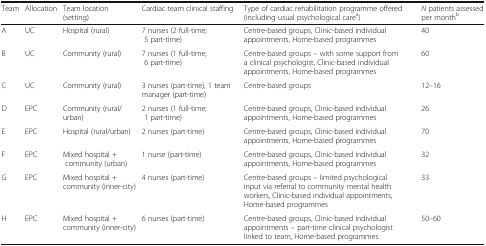
<table><thead><tr><td><b>Team</b></td><td><b>Allocation</b></td><td><b>Team location (setting)</b></td><td><b>Cardiac team clinical staffing</b></td><td><b>Type of cardiac rehabilitation programme offered (including usual psychological care<sup>a</sup>)</b></td><td><b><i>N</i> patients assessed per month<sup>b</sup></b></td></tr></thead><tbody><tr><td>A</td><td>UC</td><td>Hospital (rural)</td><td>7 nurses (2 full-time; 5 part-time)</td><td>Centre-based groups, Clinic-based individual appointments, Home-based programmes</td><td>40</td></tr><tr><td>B</td><td>UC</td><td>Community (rural)</td><td>7 nurses (1 full-time; 6 part-time)</td><td>Centre-based groups – with some support from a clinical psychologist, Clinic-based individual appointments, Home-based programmes</td><td>60</td></tr><tr><td>C</td><td>UC</td><td>Community (rural)</td><td>3 nurses (part-time), 1 team manager (part-time)</td><td>Centre-based groups</td><td>12–16</td></tr><tr><td>D</td><td>EPC</td><td>Community (rural/urban)</td><td>2 nurses (1 full-time; 1 part-time)</td><td>Centre-based groups, Clinic-based individual appointments, Home-based programmes</td><td>26</td></tr><tr><td>E</td><td>EPC</td><td>Hospital (rural/urban)</td><td>2 nurses (part-time)</td><td>Centre-based groups, Clinic-based individual appointments, Home-based programmes</td><td>70</td></tr><tr><td>F</td><td>EPC</td><td>Mixed hospital + community (urban)</td><td>1 nurse (part-time)</td><td>Centre-based groups, Clinic-based individual appointments, Home-based programmes</td><td>32</td></tr><tr><td>G</td><td>EPC</td><td>Mixed hospital + community (inner-city)</td><td>4 nurses (part-time)</td><td>Centre-based groups – limited psychological input via referral to community mental health workers, Clinic-based individual appointments, Home-based programmes</td><td>33</td></tr><tr><td>H</td><td>EPC</td><td>Mixed hospital + community (inner-city)</td><td>6 nurses (part-time)</td><td>Centre-based groups, Clinic-based individual appointments – part-time clinical psychologist linked to team, Home-based programmes</td><td>50–60</td></tr></tbody></table>